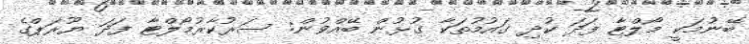
ބޭނުމަކީ މޯލްޓާ ފަދަ ކުދި ގައުމުތަކާ ގުޅުން ބޭއްވުން: ސަރުކާރުމޯލްޓާ ފަދަ ޔޫރަޕްގެ